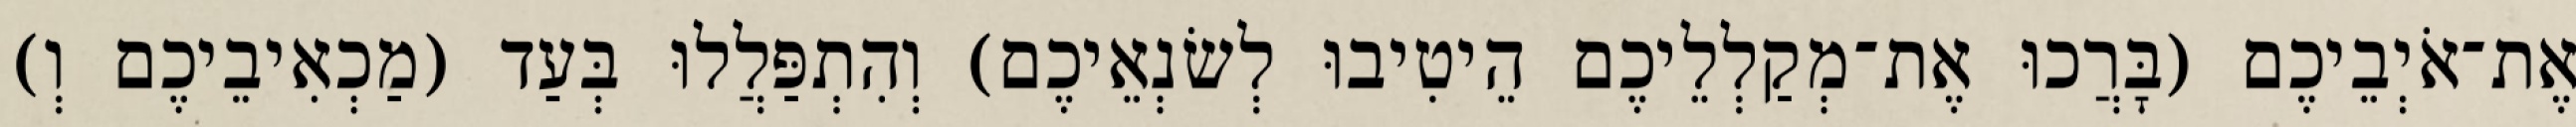
אֶת־אֹיְבֵיכֶם (בָּרֲכוּ אֶת־מְקַלְלֵיכֶם הֵיטִיבוּ לְשׂנְאֵיכֶם) וְהִתְפַּלֲלוּ בְּעַד (מַכְאִיבֵיכֶם וְ)